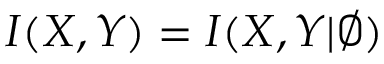
I ( X , Y ) = I ( X , Y | \emptyset )